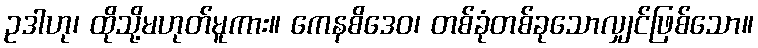
ဥဒါဟု၊ ထိုသို့မဟုတ်မူကား။ ကေနစိဒေဝ၊ တစ်ခုံတစ်ခုသောလျှင်ဖြစ်သော။